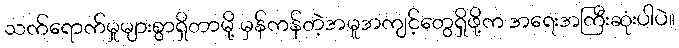
သက်ရောက်မှုများစွာရှိတာမို့ မှန်ကန်တဲ့အမူအကျင့်တွေရှိဖို့က အရေးအကြီးဆုံးပါပဲ။